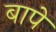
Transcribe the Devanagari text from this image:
बापें